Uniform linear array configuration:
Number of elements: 8
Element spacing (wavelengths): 1
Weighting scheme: cosine
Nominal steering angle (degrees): -60
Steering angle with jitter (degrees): -58.417
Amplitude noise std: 0.05
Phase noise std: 0.05

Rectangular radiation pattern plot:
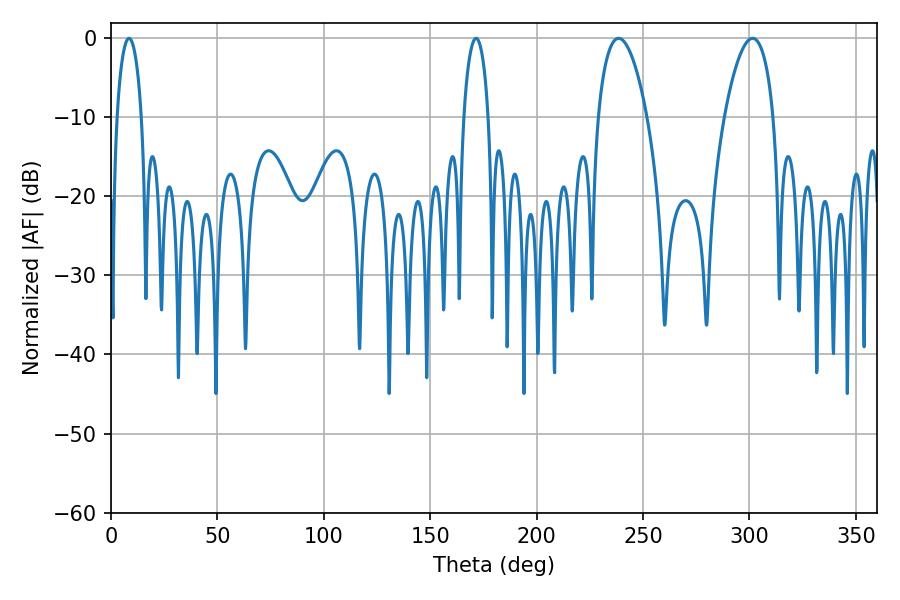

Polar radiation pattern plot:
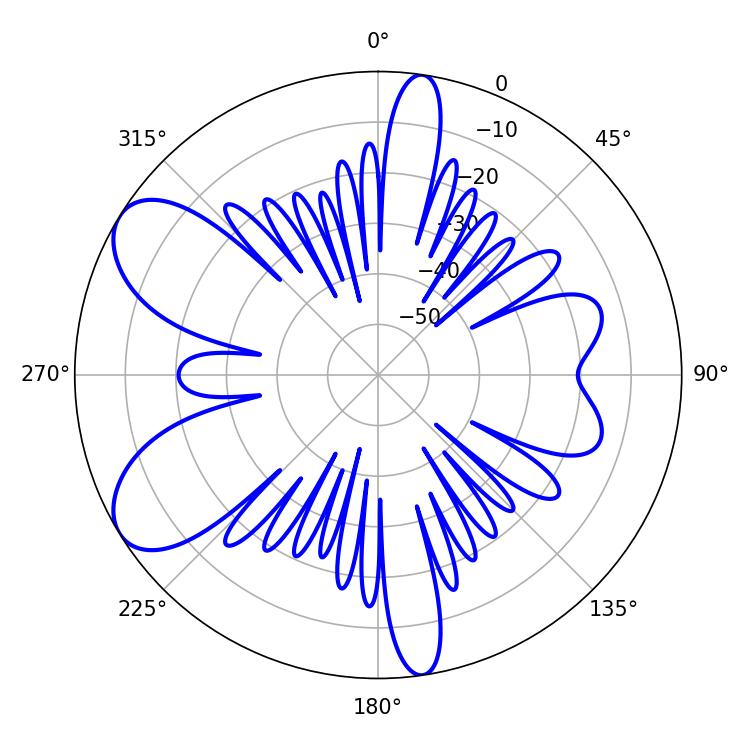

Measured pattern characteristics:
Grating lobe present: TRUE
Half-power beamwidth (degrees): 6.48
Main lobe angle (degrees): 171.54